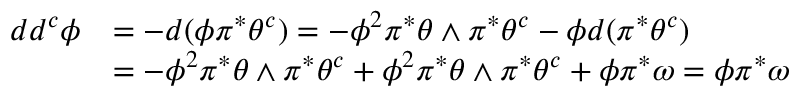
\begin{array} { r l } { d d ^ { c } \phi } & { = - d ( \phi \pi ^ { * } \theta ^ { c } ) = - \phi ^ { 2 } \pi ^ { * } \theta \wedge \pi ^ { * } \theta ^ { c } - \phi d ( \pi ^ { * } \theta ^ { c } ) } \\ & { = - \phi ^ { 2 } \pi ^ { * } \theta \wedge \pi ^ { * } \theta ^ { c } + \phi ^ { 2 } \pi ^ { * } \theta \wedge \pi ^ { * } \theta ^ { c } + \phi \pi ^ { * } \omega = \phi \pi ^ { * } \omega } \end{array}